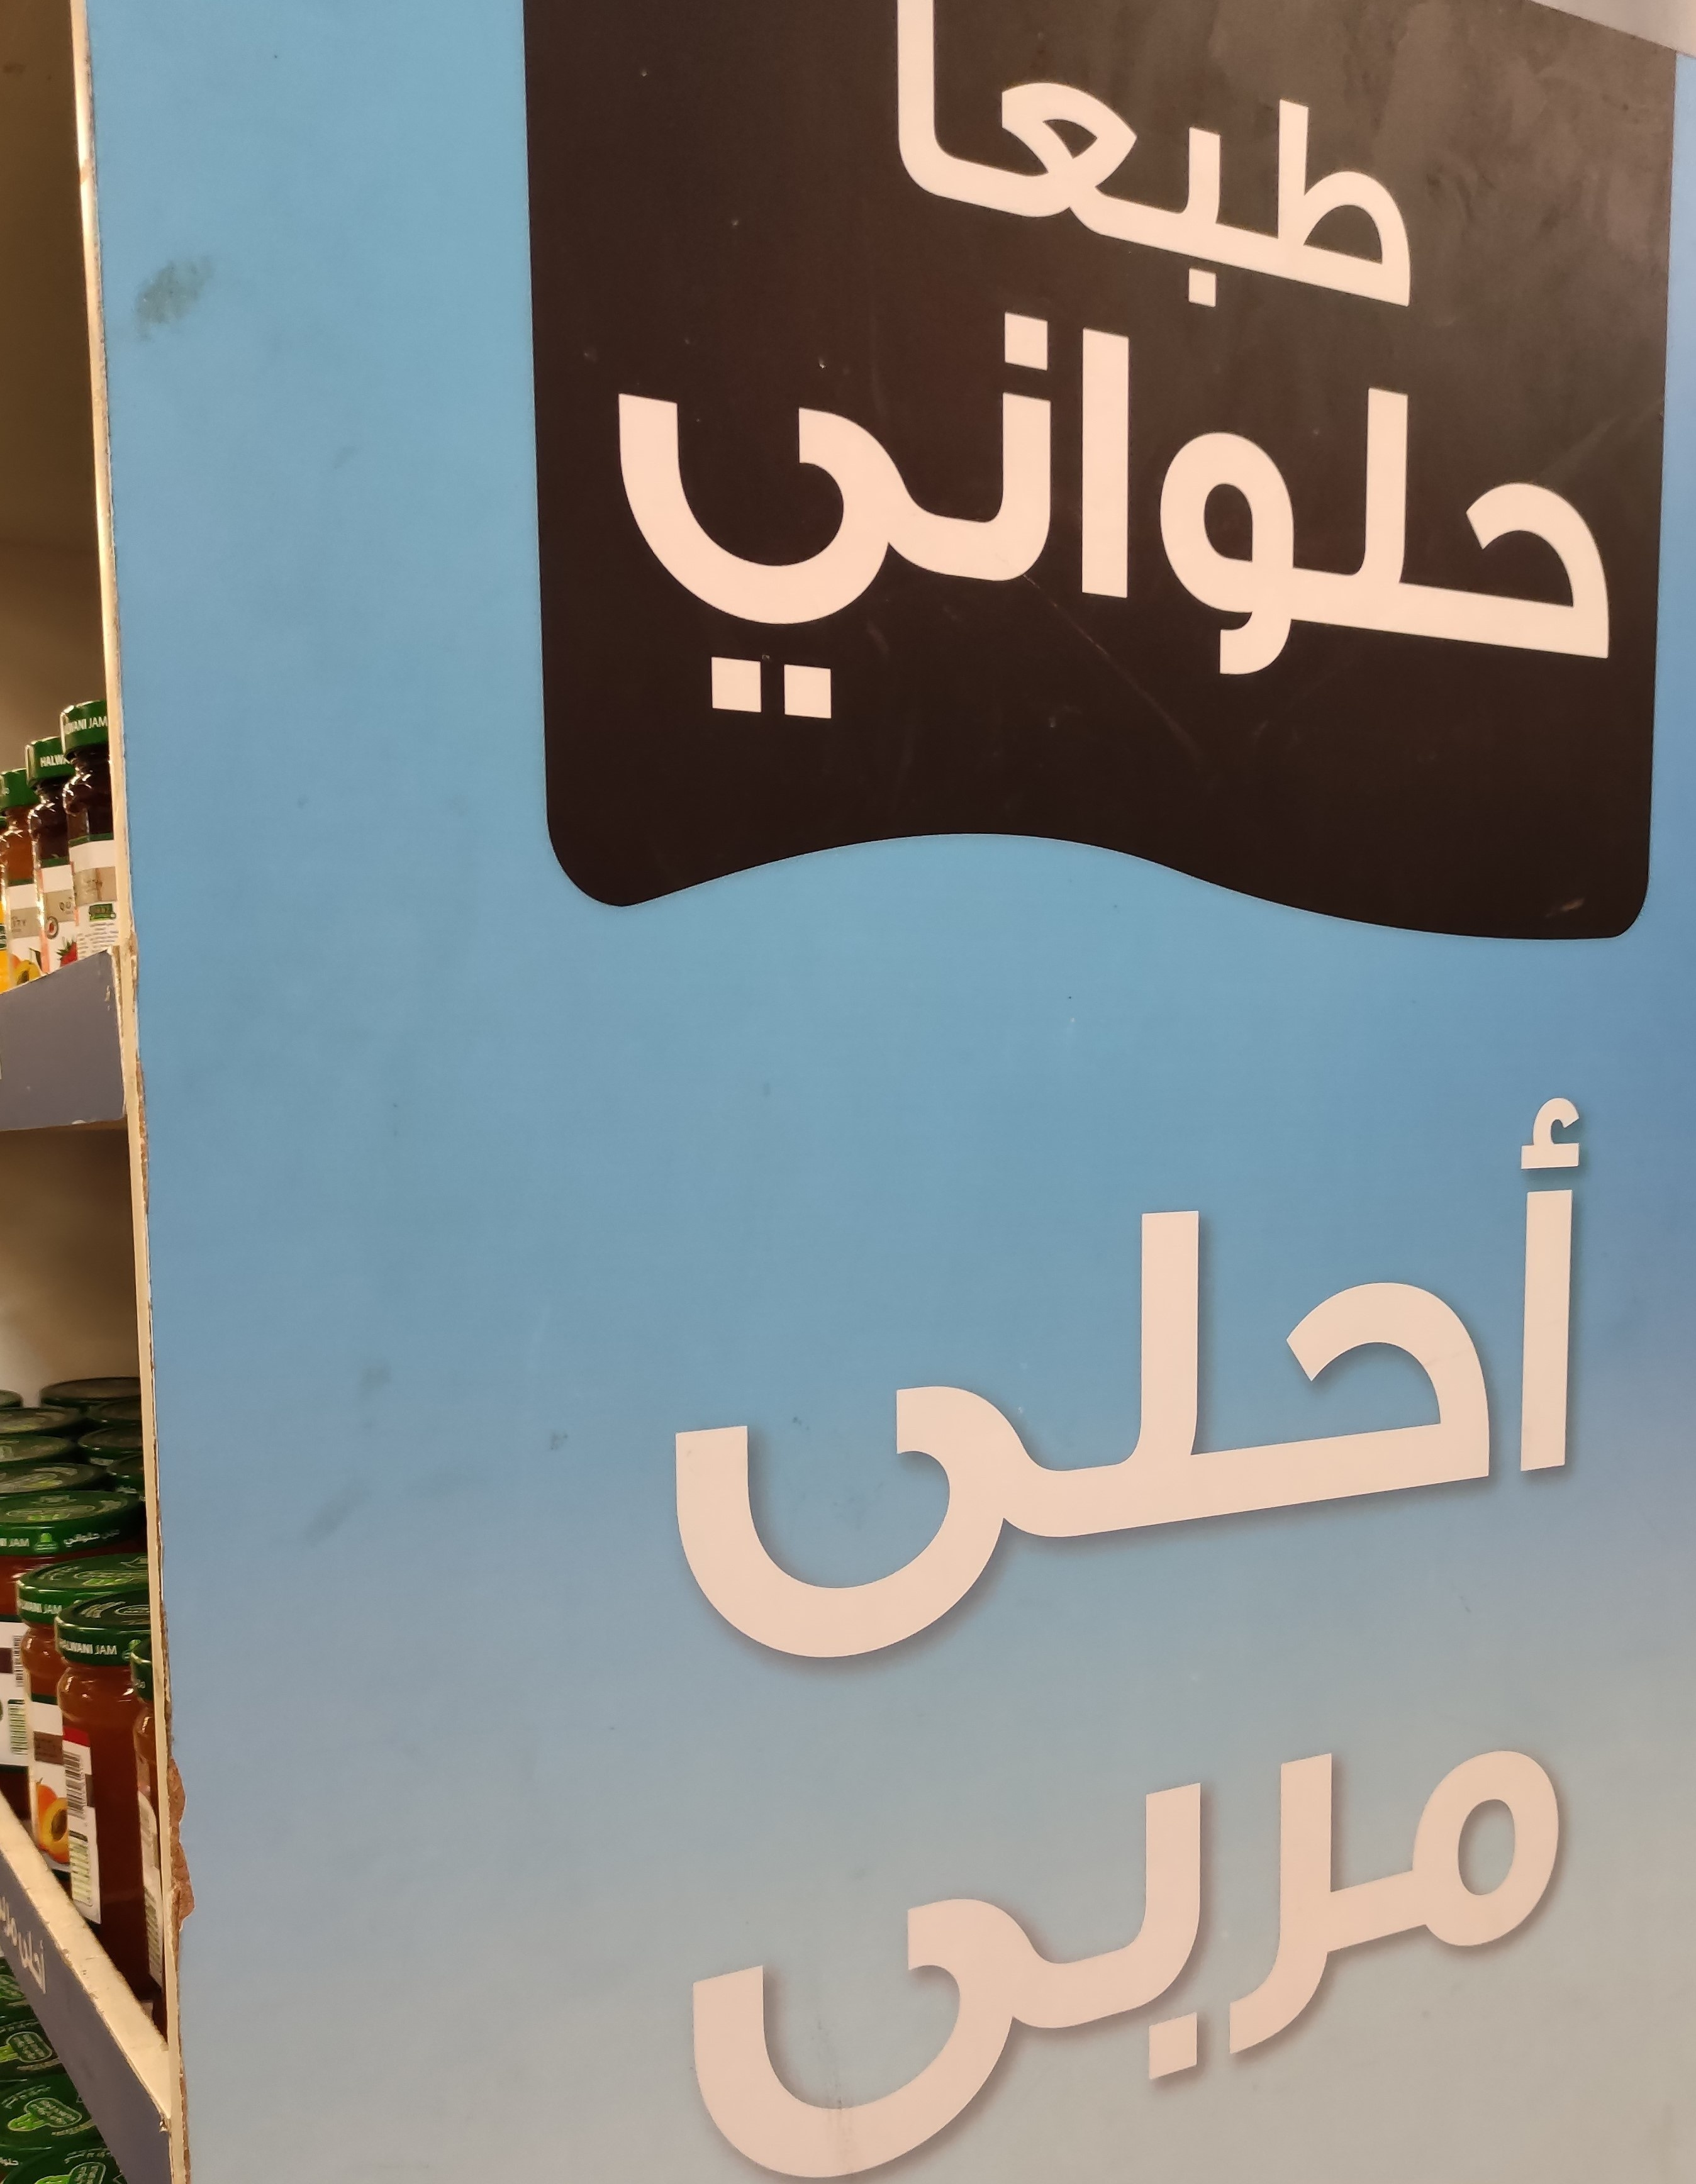
Text in image: طبعا حلواني أحلى مربى